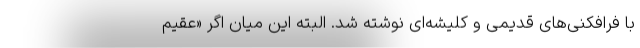
با فرافکنی‌های قدیمی و کلیشه‌ای نوشته شد. البته این میان اگر «عقیم